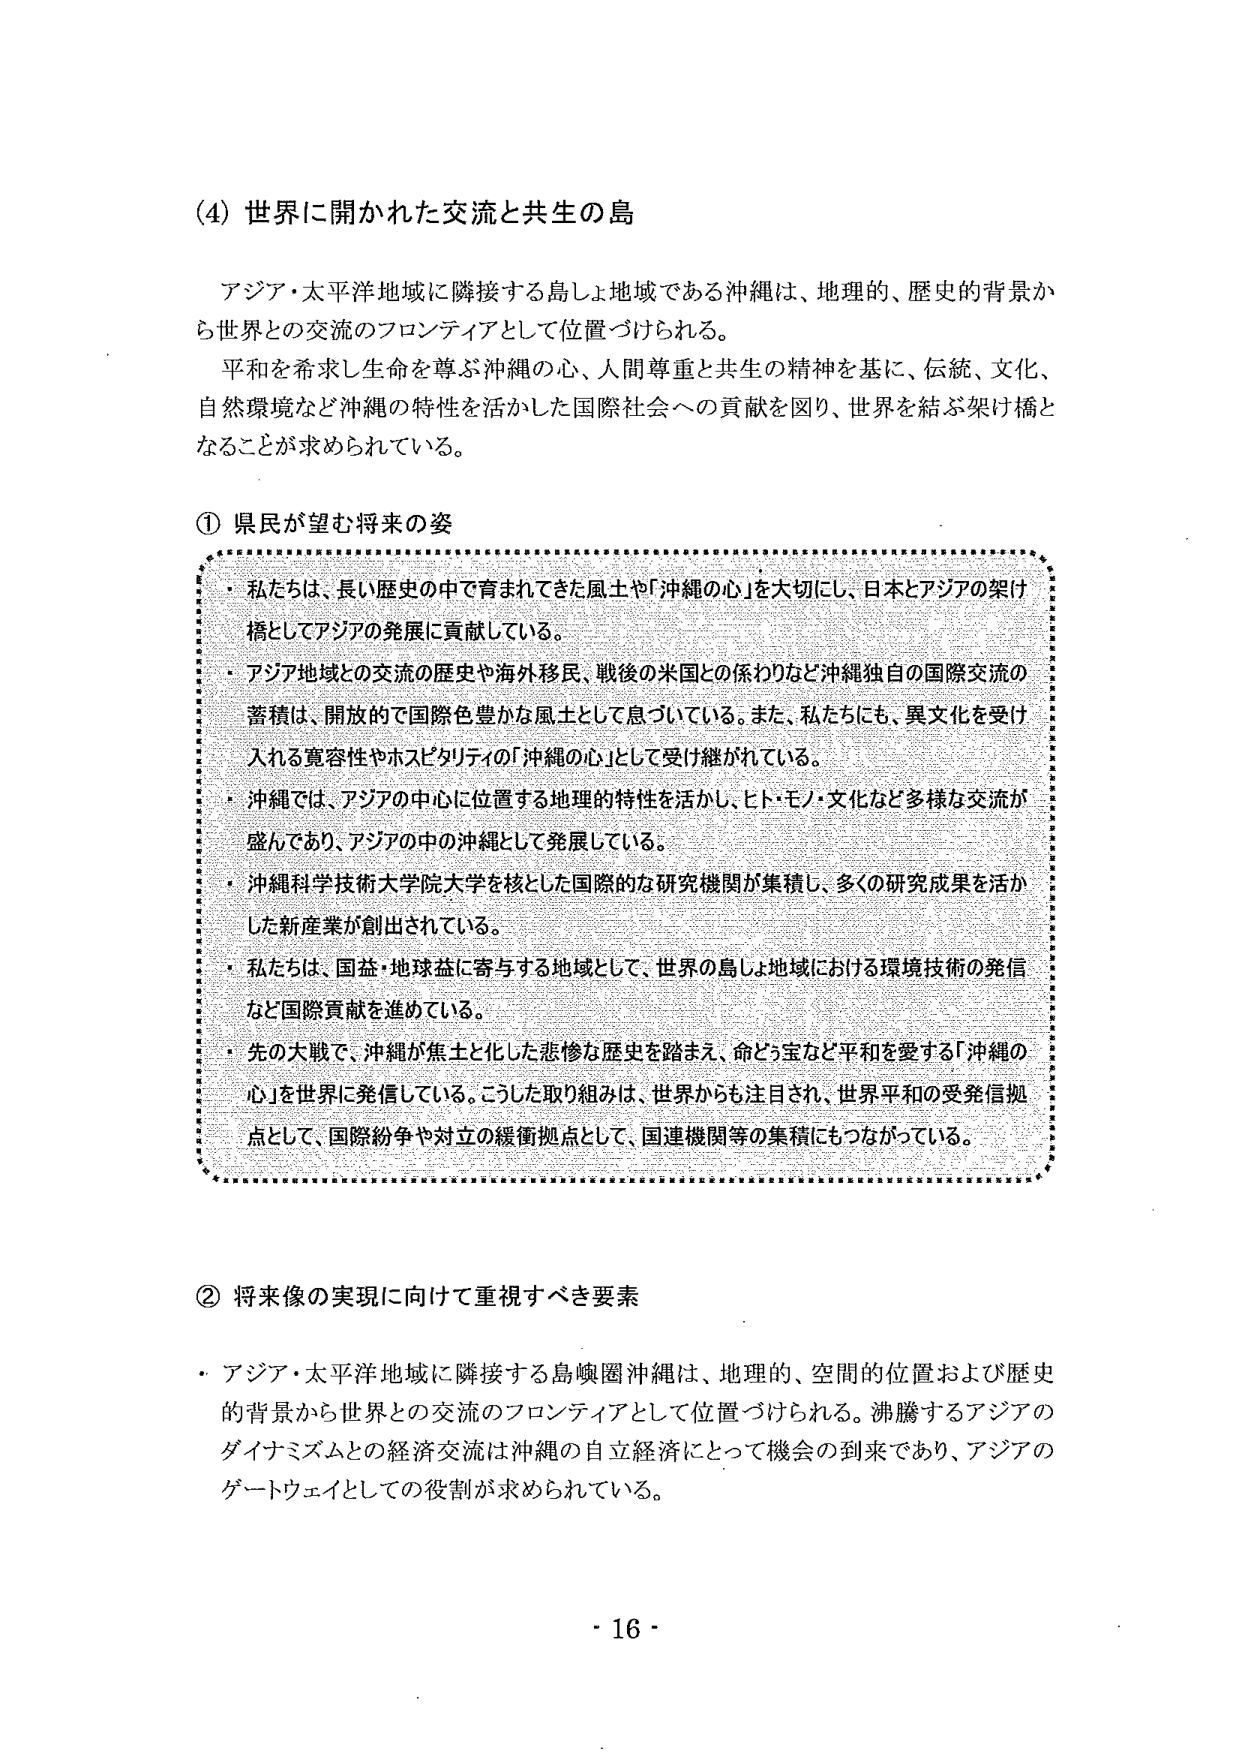
(4) 世界に開かれた交流と共生の島

アジア・太平洋地域に隣接する島しょ地域である沖縄は、地理的、歴史的背景から世界との交流のフロンティアとして位置づけられる。
平和を希求し生命を尊ぶ沖縄の心、人間尊重と共生の精神を基に、伝統、文化、自然環境など沖縄の特性を活かした国際社会への貢献を図り、世界を結ぶ架け橋となることが求められている。

① 県民が望む将来の姿

・ 私たちは、長い歴史の中で育まれてきた風土や「沖縄の心」を大切にし、日本とアジアの架け橋としてアジアの発展に貢献している。
・ アジア地域との交流の歴史や海外移民、戦後の米国との係わりなど沖縄独自の国際交流の蓄積は、開放的で国際色豊かな風土として息づいている。また、私たちにも、異文化を受け入れる寛容性やホスピタリティの「沖縄の心」として受け継がれている。
・ 沖縄では、アジアの中心に位置する地理的特性を活かし、ヒト・モノ・文化など多様な交流が盛んであり、アジアの中の沖縄として発展している。
・ 沖縄科学技術大学院大学を核とした国際的な研究機関が集積し、多くの研究成果を活かした新産業が創出されている。
・ 私たちは、国益・地球益に寄与する地域として、世界の島しょ地域における環境技術の発信など国際貢献を進めている。
・ 先の大戦で、沖縄が焦土と化した悲惨な歴史を踏まえ、命と宝など平和を愛する「沖縄の心」を世界に発信している。こうした取り組みは、世界からも注目され、世界平和の受発信拠点として、国際紛争や対立の緩衝拠点として、国連機関等の集積にもつながっている。

② 将来像の実現に向けて重視すべき要素

・ アジア・太平洋地域に隣接する島嶼圏沖縄は、地理的、空間的位置および歴史的背景から世界との交流のフロンティアとして位置づけられる。沸騰するアジアのダイナミズムとの経済交流は沖縄の自立経済にとって機会の到来であり、アジアのゲートウェイとしての役割が求められている。

- 16 -